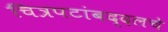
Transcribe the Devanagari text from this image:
चित्रपटांबद्दलचे